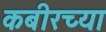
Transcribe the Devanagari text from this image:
कबीरच्या